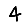
Digit: 4